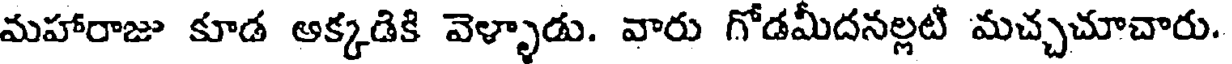
మహారాజు కూడ ఆక్కడికి వెళ్ళాడు. వారు గోడమీదనల్లటి మచ్చచూచారు.